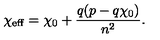
\chi _ { \mathrm { e f f } } = \chi _ { 0 } + \frac { q ( p - q \chi _ { 0 } ) } { n ^ { 2 } } .